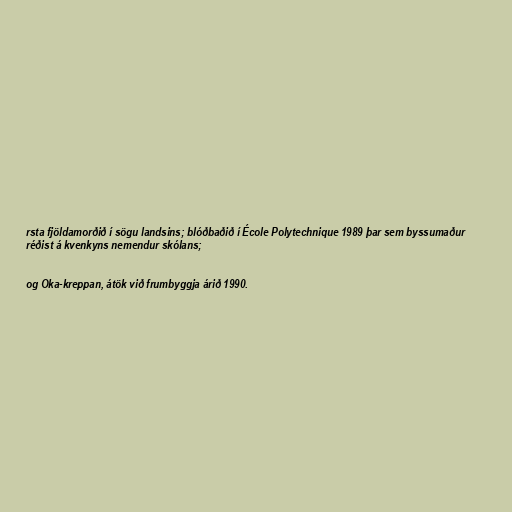
rsta fjöldamorðið í sögu landsins; blóðbaðið í École Polytechnique 1989 þar sem byssumaður
réðist á kvenkyns nemendur skólans;

og Oka-kreppan, átök við frumbyggja árið 1990.